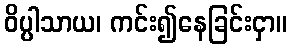
ဝိပ္ပါသာယ၊ ကင်း၍နေခြင်းငှာ။